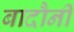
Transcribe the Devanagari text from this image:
बादौनी